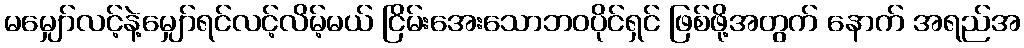
မမျှော်လင့်နဲ့မျှော်ရင်လင့်လိမ့်မယ် ငြိမ်းအေးသောဘဝပိုင်ရှင် ဖြစ်ဖို့အတွက် နောက် အရည်အ